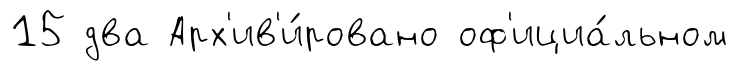
15 два Арх'ив'и́ровано оф'ициа́льном